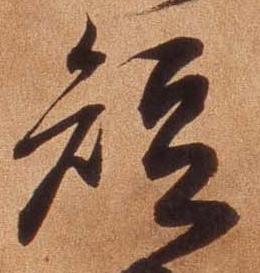
短